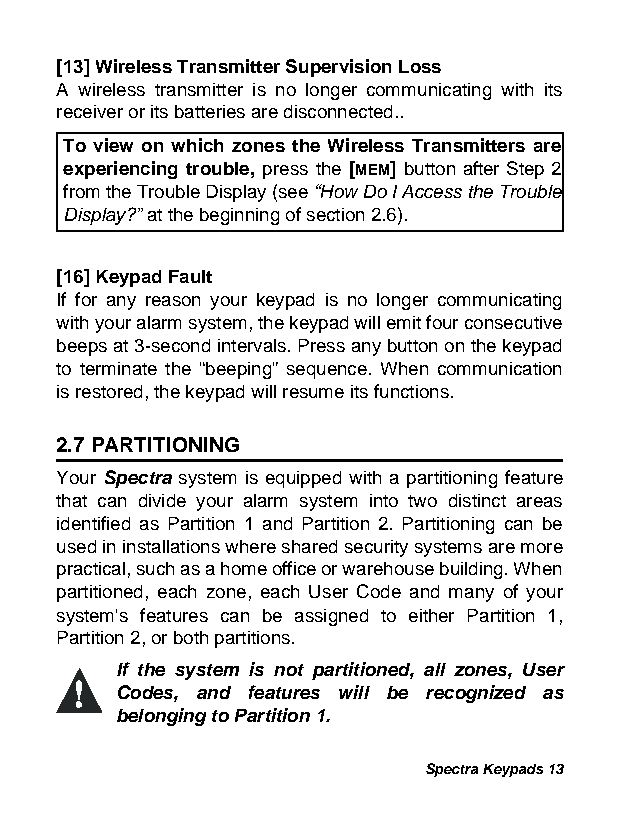
[13] Wireless Transmitter Supervision Loss
 A wireless transmitter is no longer communicating with its
 receiver or its batteries are disconnected..
 To view on which zones the Wireless Transmitters are
 experiencing trouble, press the [MEM] button after Step 2
 from the Trouble Display (see “How Do I Access the Trouble
 Display?” at the beginning of section 2.6).
 [16] Keypad Fault
 If for any reason your keypad is no longer communicating
 with your alarm system, the keypad will emit four consecutive
 beeps at 3-second intervals. Press any button on the keypad
 to terminate the “beeping” sequence. When communication
 is restored, the keypad will resume its functions.
 2.7 PARTITIONING
 Your Spectra system is equipped with a partitioning feature
 that can divide your alarm system into two distinct areas
 identified as Partition 1 and Partition 2. Partitioning can be
 used in installations where shared security systems are more
 practical, such as a home office or warehouse building. When
 partitioned, each zone, each User Code and many of your
 system's features can be assigned to either Partition 1,
 Partition 2, or both partitions.
 If the system is not partitioned, all zones, User
 Codes, and features will be recognized as
 belonging to Partition 1.
 Spectra Keypads 13